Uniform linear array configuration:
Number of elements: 32
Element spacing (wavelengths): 0.75
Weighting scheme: cosine
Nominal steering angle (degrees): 0
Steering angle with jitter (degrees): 1.805
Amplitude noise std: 0.05
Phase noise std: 0.05

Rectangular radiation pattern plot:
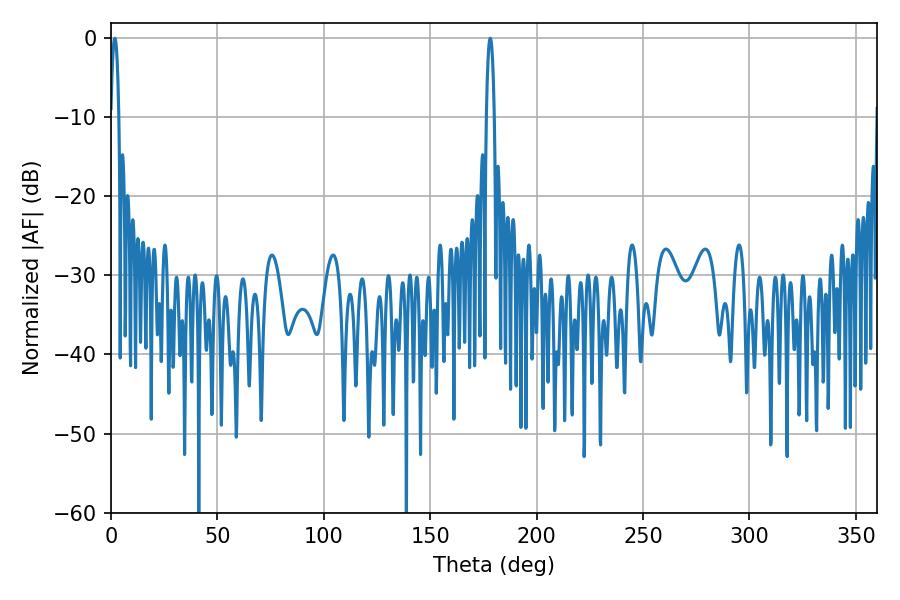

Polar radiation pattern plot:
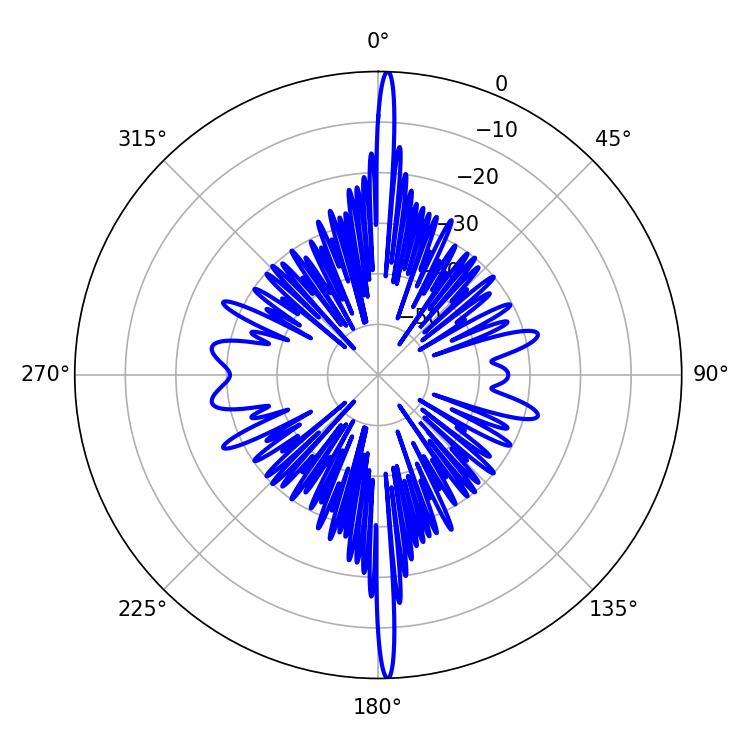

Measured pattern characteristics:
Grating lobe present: TRUE
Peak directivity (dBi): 29.7
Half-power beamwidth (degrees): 2.16
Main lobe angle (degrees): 1.8